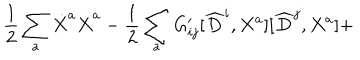
\frac { 1 } { 2 } \sum _ { a } \dot { X } ^ { a } \dot { X } ^ { a } - \frac { 1 } { 2 } \sum _ { a } G _ { i j } ^ { \prime } [ \widehat { D } ^ { i } , X ^ { a } ] [ \widehat { D } ^ { j } , X ^ { a } ] +